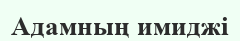
Адамның имиджі